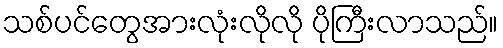
သစ်ပင်တွေအားလုံးလိုလို ပိုကြီးလာသည်။